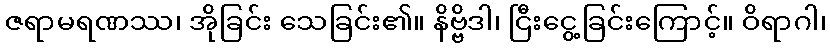
ဇရာမရဏဿ၊ အိုခြင်း သေခြင်း၏။ နိဗ္ဗိဒါ၊ ငြီးငွေ့ခြင်းကြောင့်။ ဝိရာဂါ၊